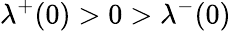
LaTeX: \lambda^{+}(0)>0>\lambda^{-}(0)